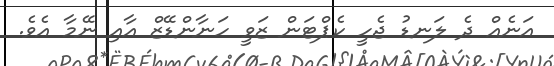
އަނެއް ދެ ލަނޑު ޖެހީ ކެޕްޓަން ޒަވީ ހަނާންޑޭޒް އާއި ނޭމާ އެވެ.